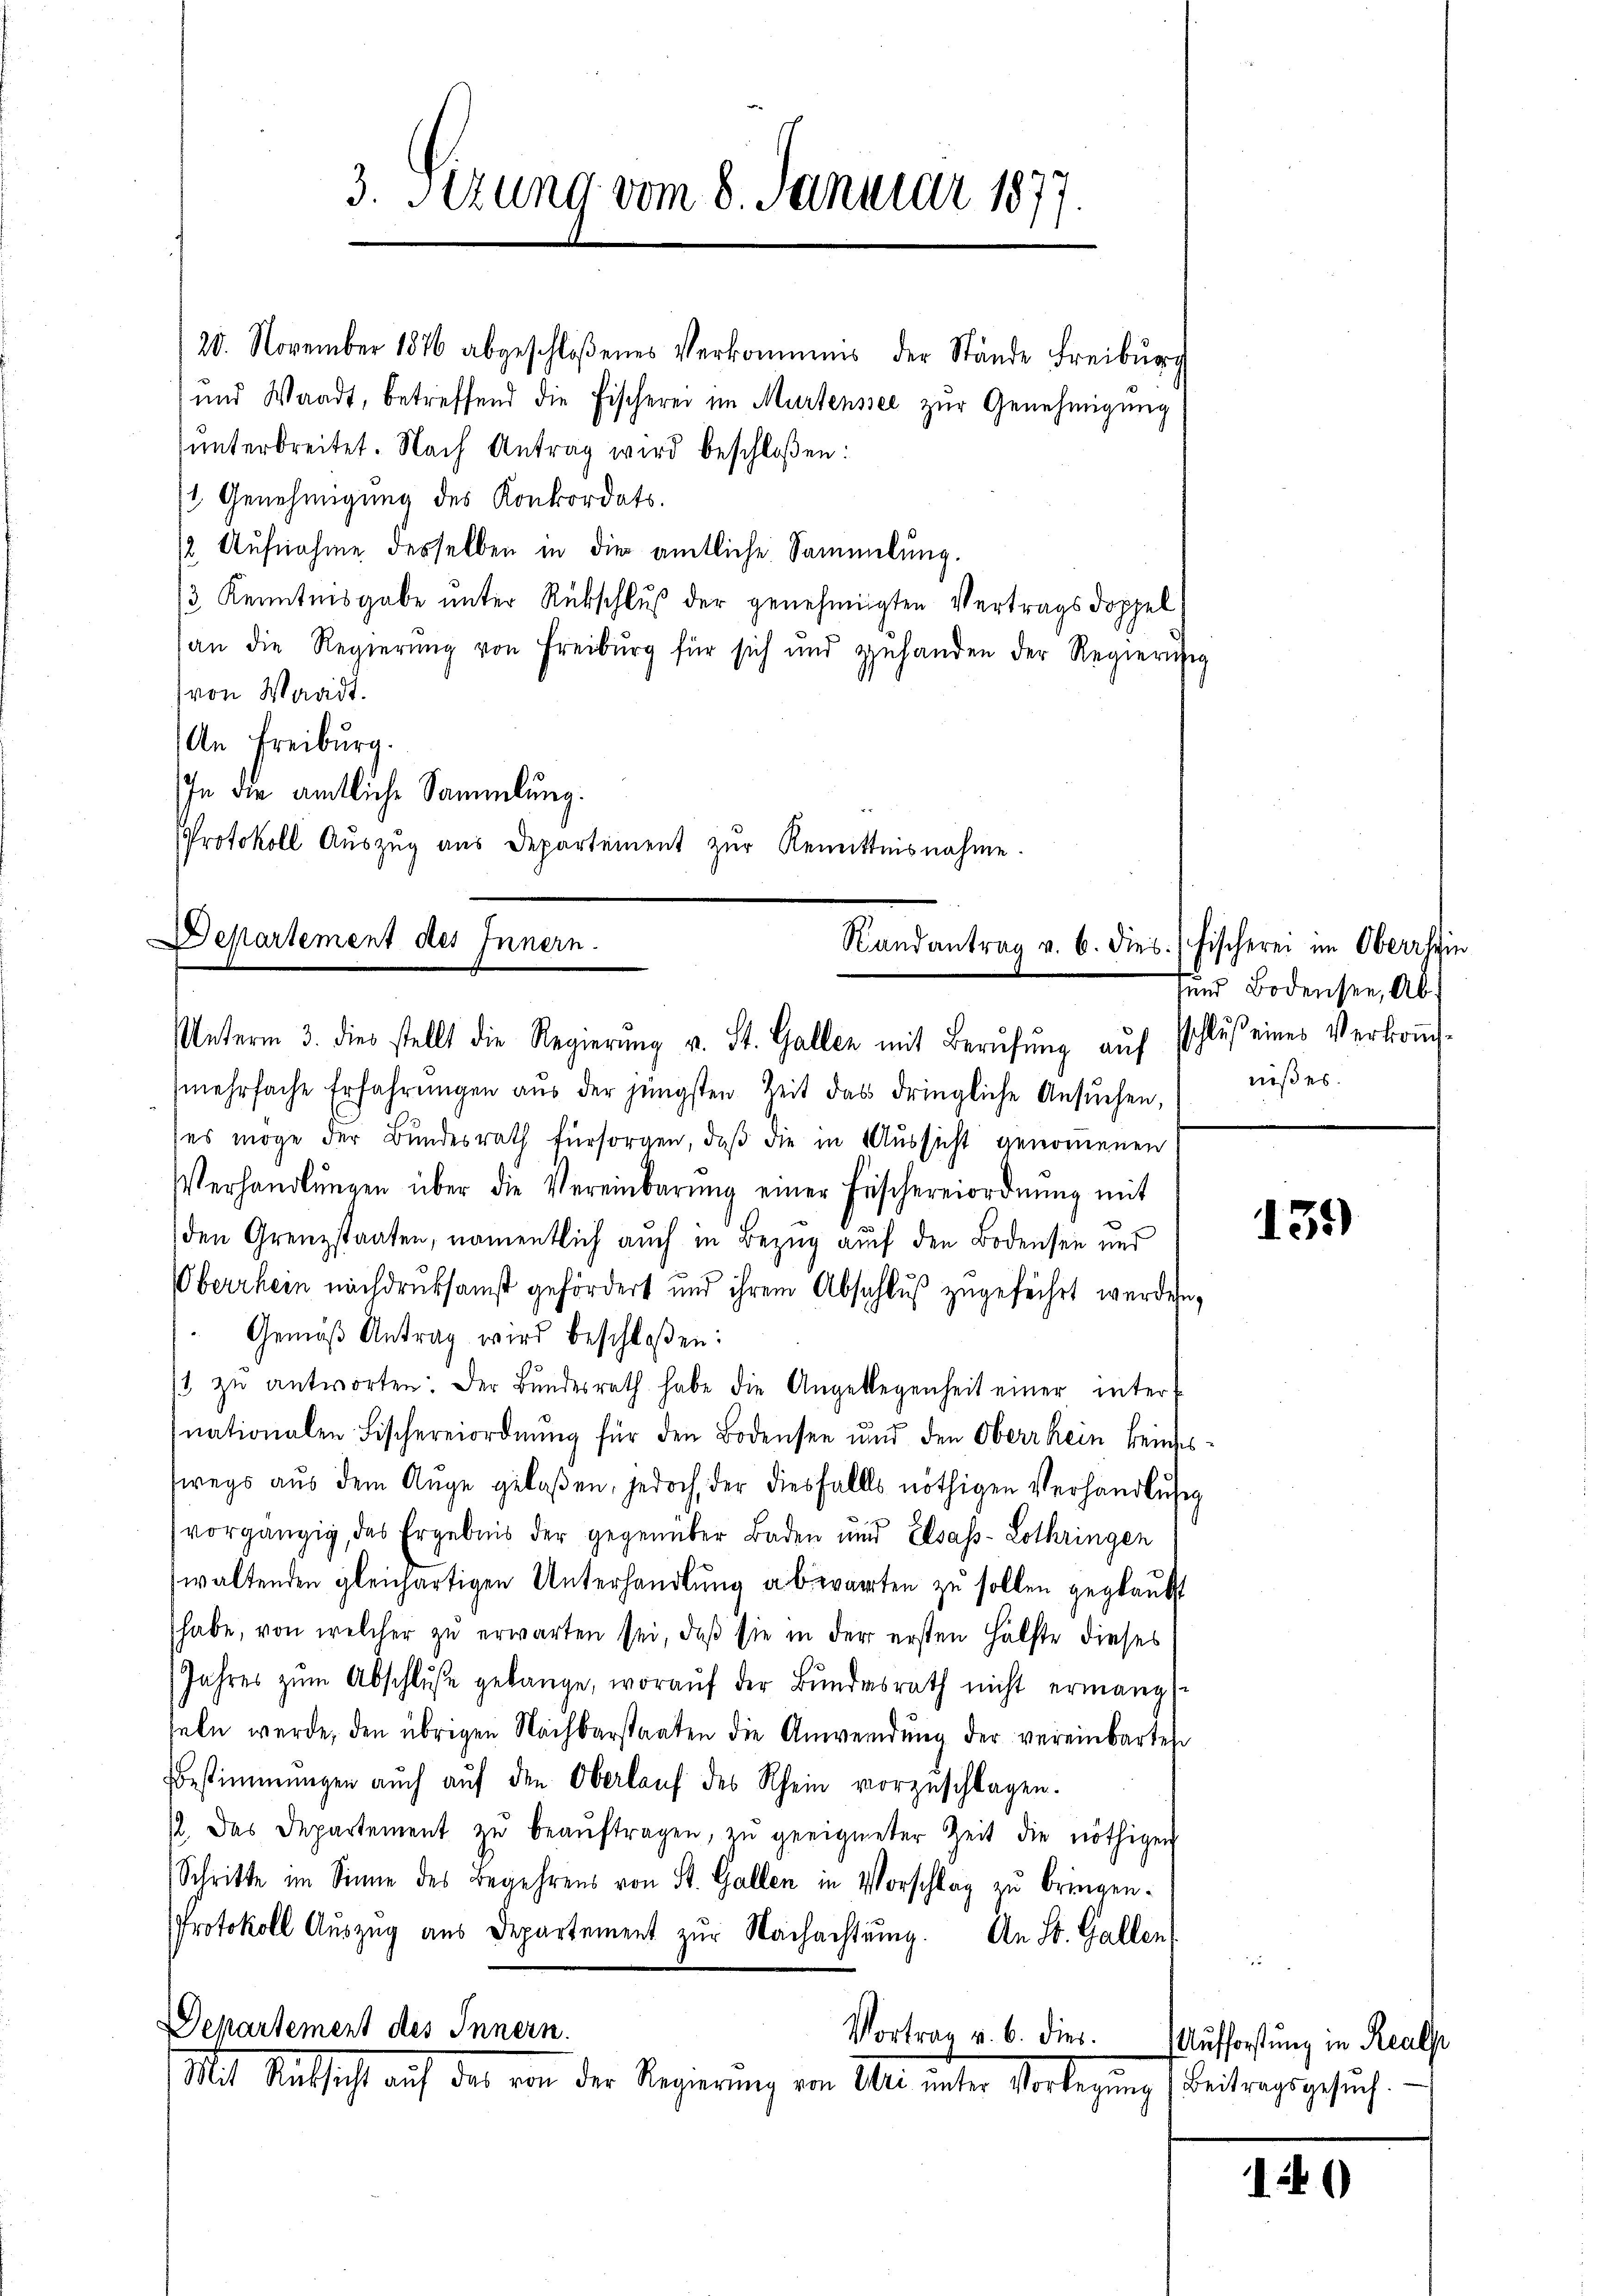
120. November 1876 abgeschloßenes Verkommens der Stände Freiburg
und Waadt, betreffend die Fischerei im Murtenssee zŭr Genehmigŭng
ŭnterbreitet. Nach Antrag wird beschloßen:
 Genehmigung des Konkordats.
(2. Aufnahme desselben in die amtliche Sammlung.
/3 Kenntnisgabe unter Rückschluß der genehmigten Vertragsdoppel
an die Regierŭng von Freiburg für sich und zuhanden der Regierun
(von Waadt.
An Freiburg.
In die amtliche Sammlung.
Protokoll Auszug aus Departement zur Renittnisnahme.

3. Itzung vom 8. Januar 1877.

Departement des Innern.
Randantrag v. 6. dies. (Fischerei im Oberrhein
Unterm 3. dies stellt die Regierŭng v. St. Gallen mit Berŭfŭng aŭf schlŭβ eines Verkoṁ-

sund Bodensee, Abniß es.

mehrfache Erfahrŭngen aŭs der jüngsten Zeit das dringliche Ansŭchen,
es möge der Bundesrath fürsorgen, daß die in Aussicht genomenen
Verhandlŭngen über die Vereinbarŭng einer Fischereiordnŭng mit
den Grenzstaaten, namentlich auch in Bezug auf den Bodensen und
Oberrhein nachdruksamst gefördert und ihrem Abschluß zugeführt werden,
Gemäβ Antrag wird beschloßen:
/ zŭ antworten. Der Bŭndesrath habe die Angeklegenheit einer inter-
nationalen Fischereiordnŭng für den Bodensee und den Oberrhein keines
swegs aus dem Auge gelaßen, jedoch der diesfalls nöthigen Verhandlung
vorgängig, das Ergebnis der gegenüber Baden und Elsass-Lothringen
waltenden gleichartigen Unterhandlung abwarten zu sollen geglaubt
habe, von welcher zŭ erwarten sei, daß sie in der ersten Hälfte dieses
Jahres zŭm Abschluße gelange, woraŭf der Bŭndesrath nicht ermang
seln werde, den übrigen Nachbarstaaten die Anwendung der vereinbarten
Bestimmungen auch aŭf den Oberlaŭf des Rhein vorzuschlagen.
/. Das Departement zŭ beaŭftragen, zŭ geeigneter Zeit die nöthigen
Schritte im Sinne des Begehrens von St. Gallen in Vorschlag zu bringen.
Protokoll Aŭszŭg aus Departement zŭr Nachachtŭng. An St. Gallen
Departement des Innern.
Vortrag u. b. dies
Mit Riethicht auf das von der Regierung von Alle unter Vorlegung (Beitragsgesuch.

139)

Aufforstung in Realse

1